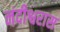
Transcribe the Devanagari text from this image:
नंदीश्वरास